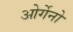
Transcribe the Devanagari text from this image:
ओर्गेनो